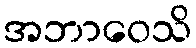
အဘာဝေသိ